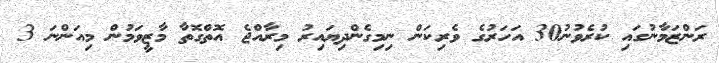
ރަންޒަމާނުގައި ކުރެވުނު30 އަހަރުގެ ވެރިކަން ނިމިގެންދިޔައިރު މިރާއްޖެ އޮތްގޮތާ މާޒީވަމުން މިއަންނަ 3